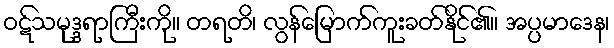
ဝဋ်သမုဒ္ဒရာကြီးကို။ တရတိ၊ လွန်မြောက်ကူးခတ်နိုင်၏။ အပ္ပမာဒေန၊